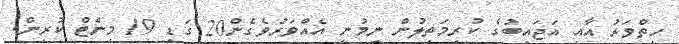
ހިތްވަރު އާއި އަޖައިބުގެ ކުރިމަތިލުން ނިމުނީ އެއްވަރުވެގެން20 ގަޑި 19 މިނެޓް ކުރިން.